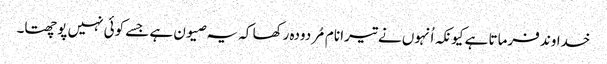
خداوند فرماتا ہے کیونکہ اُنہوں نے تیرا نام مُردودہ رکھا کہ یہ صیون ہے جسے کوئی نہیں پوچھتا۔